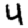
Digit: 4